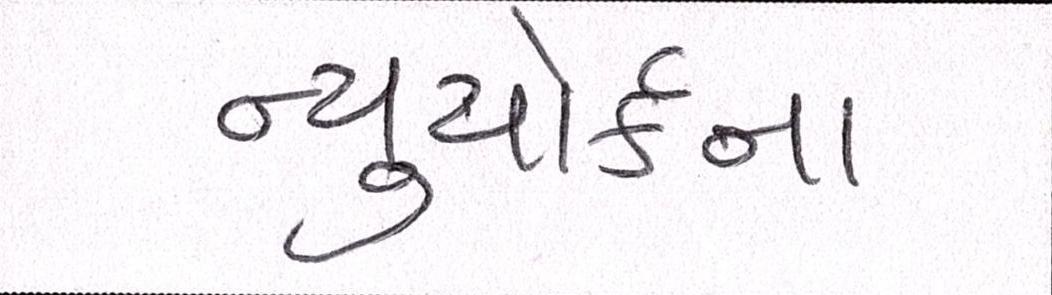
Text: ન્યુયોર્કના